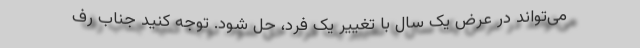
می‌تواند در عرض یک سال با تغییر یک فرد، حل شود. توجه کنید جناب رف